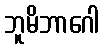
ဘူမိဘာဂေါ